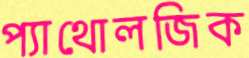
প্যাথোলজিক